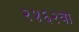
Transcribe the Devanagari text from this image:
२४६२वा